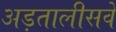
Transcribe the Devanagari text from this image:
अड़तालीसवें